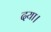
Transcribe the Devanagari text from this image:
दया।